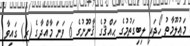
މަޢުލޫމާތު ހޯދައި ލިބިގަތުމުގެ ޙައްޤުގެ ޤާނޫނުގެ 6 ވަނަ މާއްދާގެ (ރ) ގައިވާ